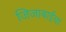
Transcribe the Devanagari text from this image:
जिजाबाईचा